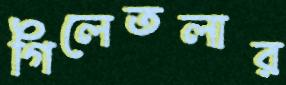
গিলেতলার